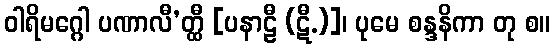
ဝါရိမဂ္ဂေါ ပဏာလီ’တ္ထီ [ပနာဠီ (ဋီ.)]၊ ပုမေ စန္ဒနိကာ တု စ။